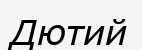
Дютий